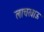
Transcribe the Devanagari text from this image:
लाचखाऊ